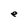
Character: e